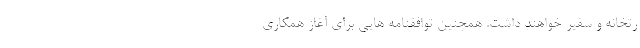
رتخانه و سفیر خواهند داشت. همچنین توافقنامه هایی برای آغاز همکاری